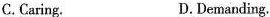
C.Caring. D.Demanding.